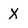
Character: X